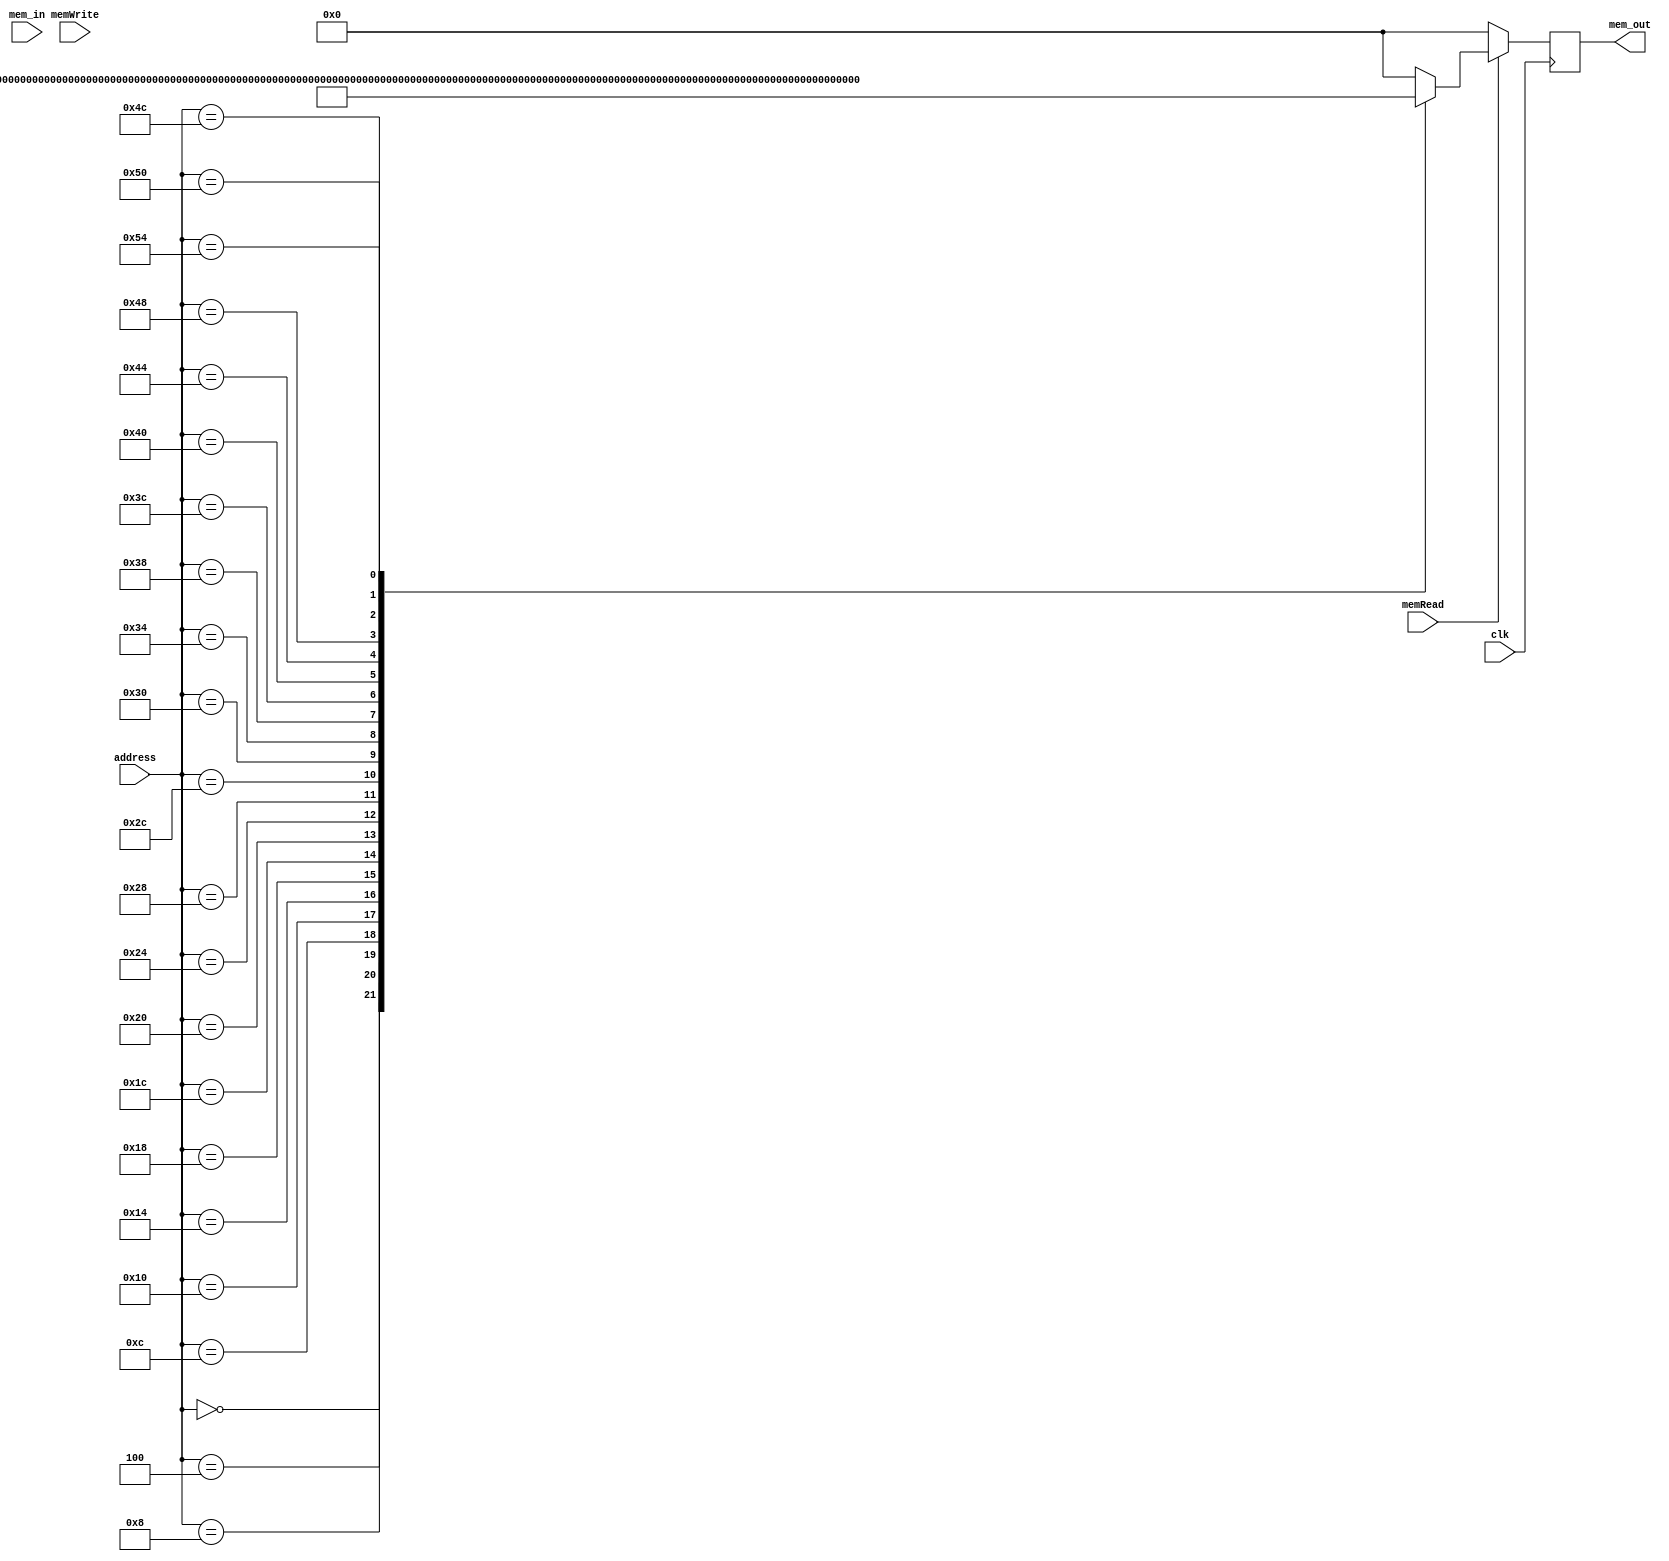
module instr_mem (
	clk,
	memRead,
	memWrite,
	address,
	mem_in,
	mem_out
	);

input  clk, memRead, memWrite;
input [6:0] address;
input [31:0] mem_in;
output [31:0] mem_out;

reg [31:0] mem_out;

always @ (posedge clk)
begin
	mem_out = 32'b00000000000000000000000000000000;
	if (memRead) begin
		case (address)
			7'b0000000 : mem_out = 32'b00000000011100000000100000010011;
			7'b0000100 : mem_out = 32'b00000000000000000010001000010111;
			7'b0001000 : mem_out = 32'b11111111110000100000001000010011;
			7'b0001100 : mem_out = 32'b00000000000000000010001010010111;
			7'b0010000 : mem_out = 32'b00000001000000101000001010010011;
			7'b0010100 : mem_out = 32'b01000000000000000000011010110111;
			7'b0011000 : mem_out = 32'b11111111111101101000011010010011;
			7'b0011100 : mem_out = 32'b00000010000010000000100001100011;
			7'b0100000 : mem_out = 32'b00000000000000100010010000000011;
			7'b0100100 : mem_out = 32'b01000001111101000101010010010011;
			7'b0101000 : mem_out = 32'b00000000100101000100010100110011;
			7'b0101100 : mem_out = 32'b00000000000101001111010010010011;
			7'b0110000 : mem_out = 32'b00000000100101010000010100110011;
			7'b0110100 : mem_out = 32'b00000000010000100000001000010011;
			7'b0111000 : mem_out = 32'b11111111111110000000100000010011;
			7'b0111100 : mem_out = 32'b00000000110101010010010110110011;
			7'b1000000 : mem_out = 32'b11111100000001011000111011100011;
			7'b1000100 : mem_out = 32'b00000000000001010000011010110011;
			7'b1001000 : mem_out = 32'b11111101010111111111000011101111;
			7'b1001100 : mem_out = 32'b00000000110100101010000000100011;
			7'b1010000 : mem_out = 32'b00000000000000000000000011101111;
			7'b1010100 : mem_out = 32'b00000000000000000000000000010011;
		endcase
	end
end

endmodule